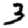
Digit: 3